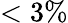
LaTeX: <3\%